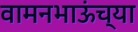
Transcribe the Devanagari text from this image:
वामनभाऊंच्या